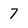
Character: 7